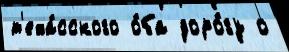
т'еха́сского о́ба доро́гу о